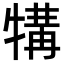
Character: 𪺱